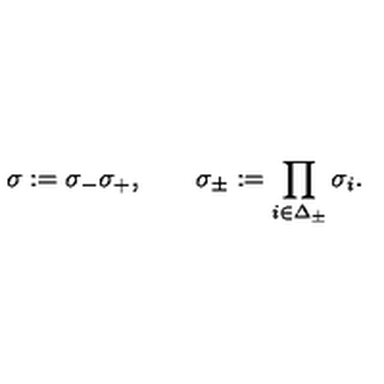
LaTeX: \sigma : = \sigma _ { - } \sigma _ { + } , \quad \quad \sigma _ { \pm } : = \prod _ { i \in \Delta _ { \pm } } \sigma _ { i } .